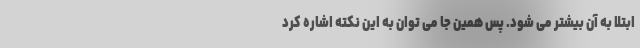
ابتلا به آن بیشتر می شود. پس همین جا می توان به این نکته اشاره کرد